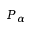
P _ { \alpha }